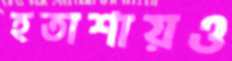
হতাশায়ও